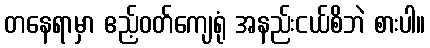
တနေရာမှာ ဧည့်ဝတ်ကျေရုံ အနည်းငယ်စိဘဲ စားပါ။